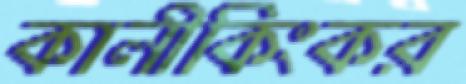
কালীকিংকর